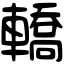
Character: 轎